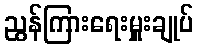
ညွန်ကြားရေးမှူးချုပ်